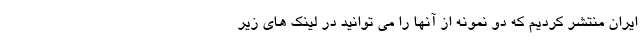
ایران منتشر کردیم که دو نمونه از آنها را می توانید در لینک های زیر